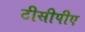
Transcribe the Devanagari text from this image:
टीसीपीए